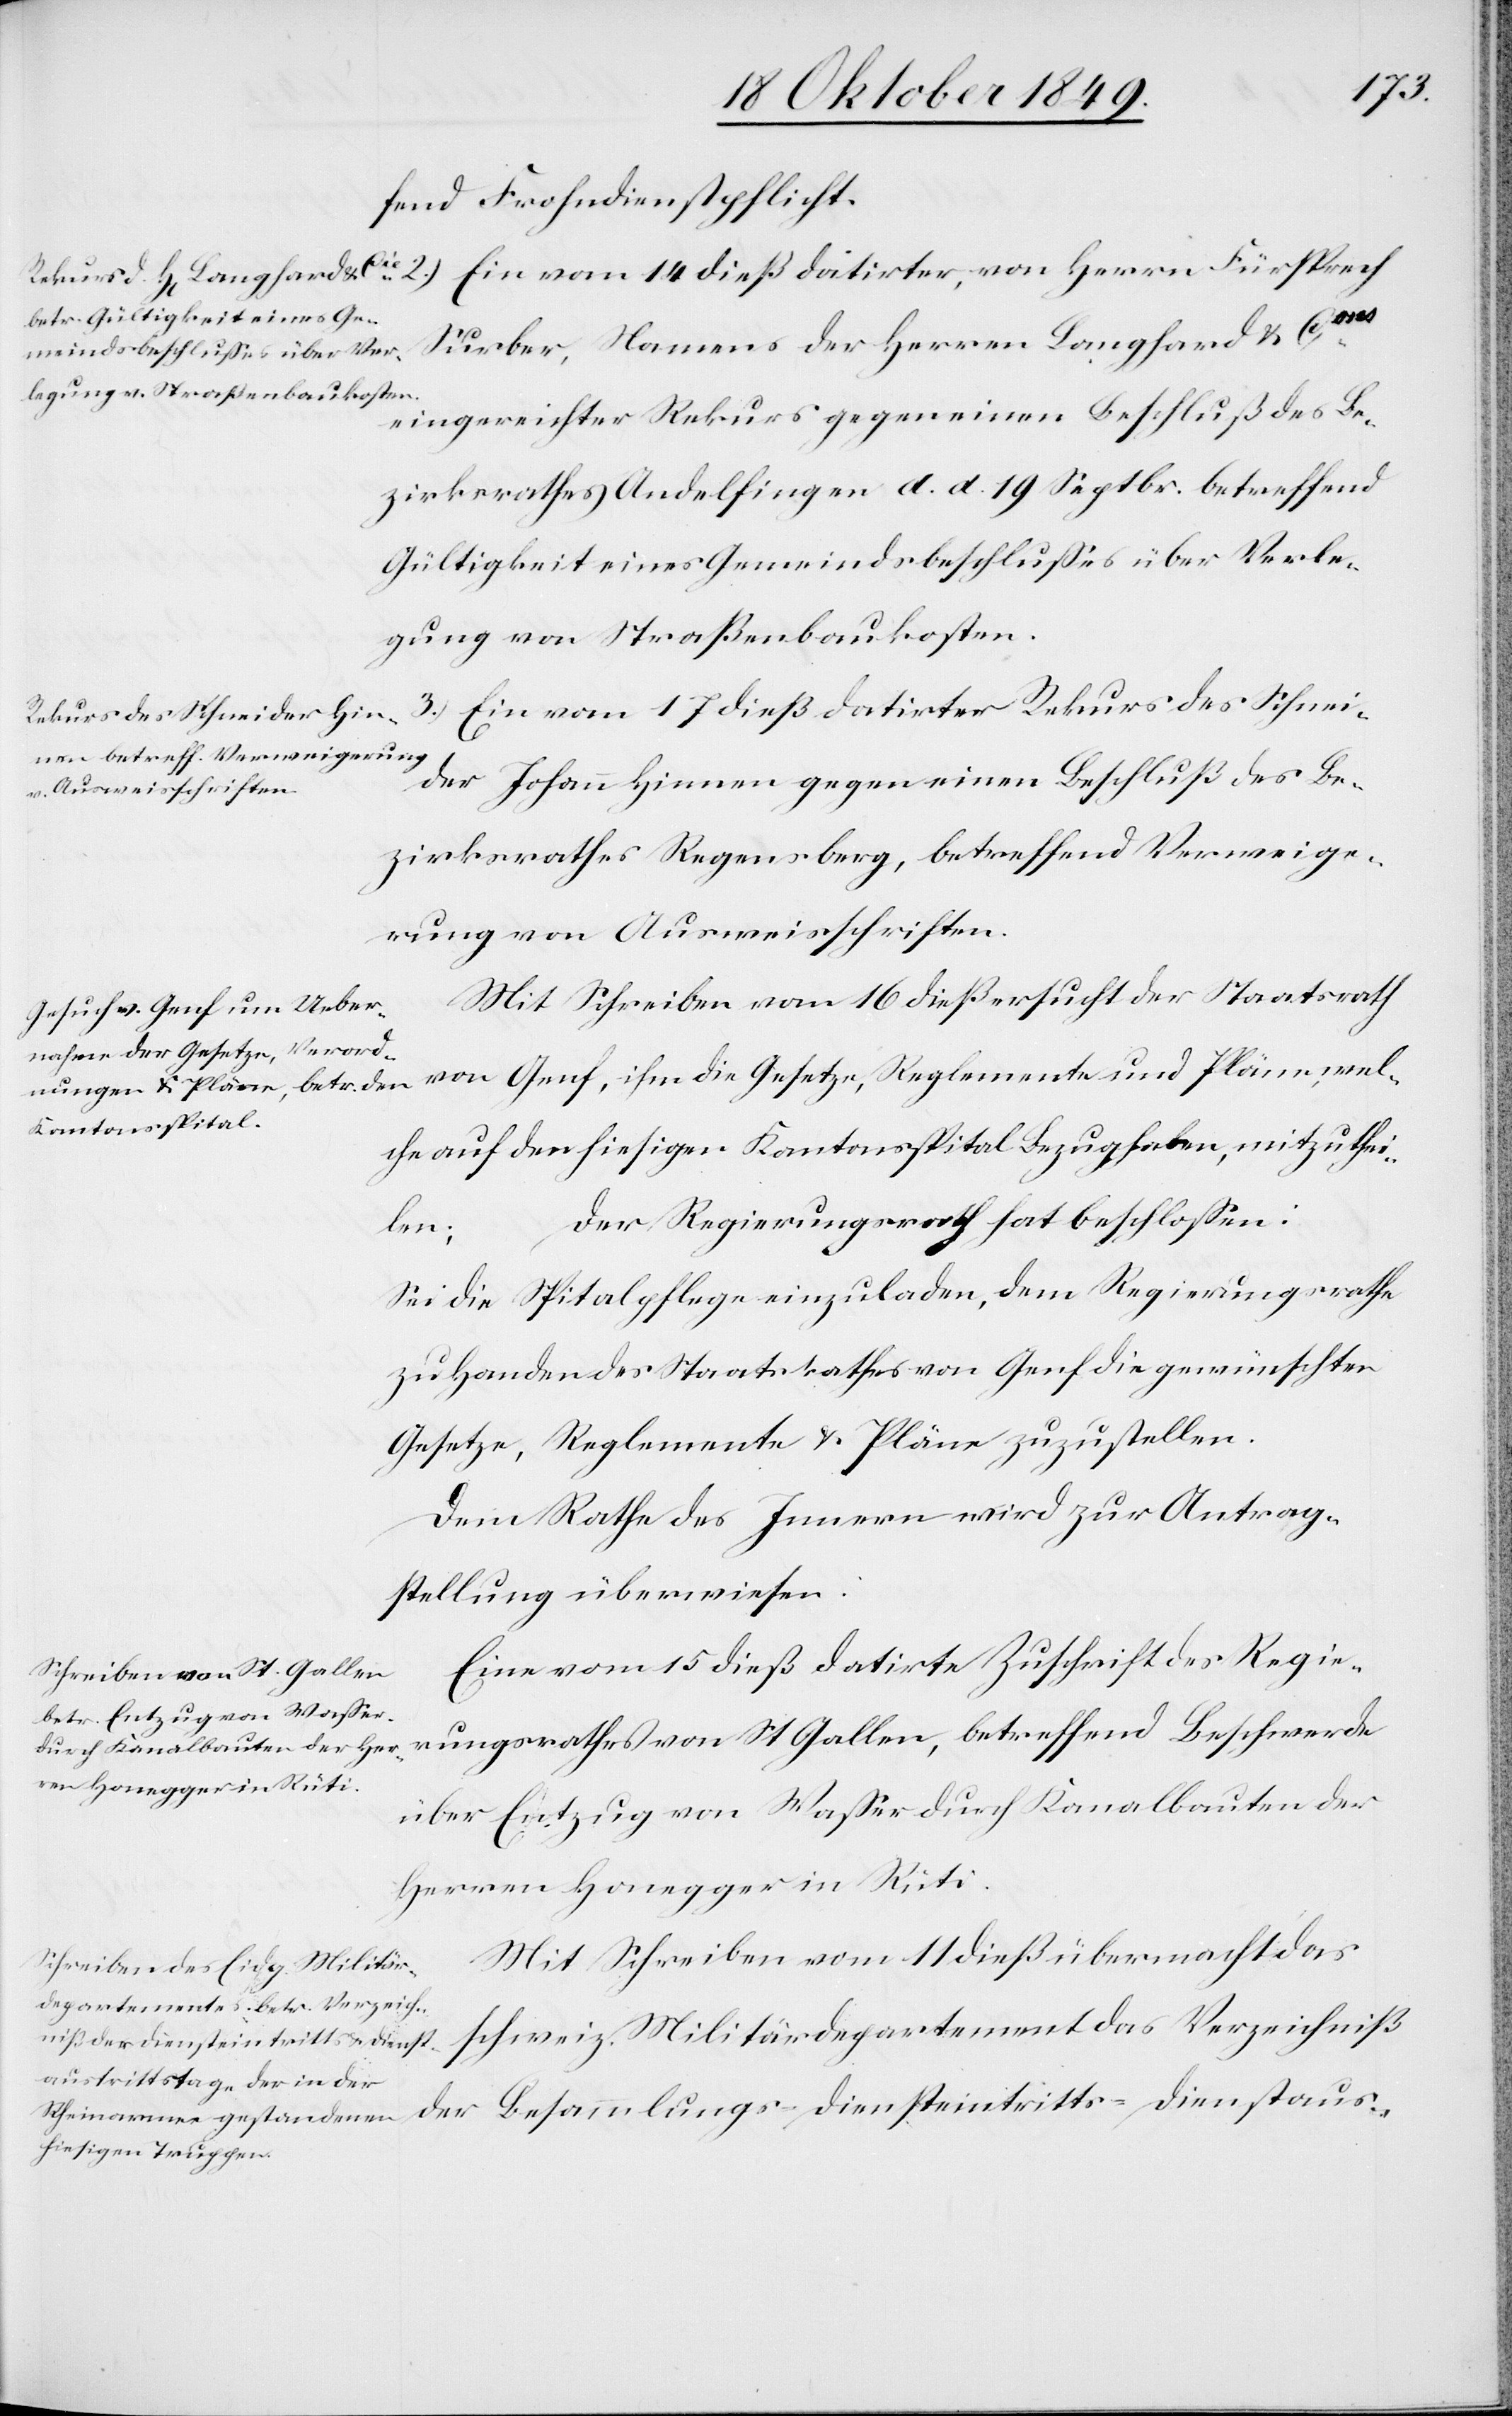
fend Frohndienstpflicht.
Surber, Namens der Herren Langhard u. Cies
eingereichter Rekurs gegen einen Beschluß des Be¬
zirksrathes Andelfingen d. d. 19 Septbr. betreffend
Gültigkeit eines Gemeindsbeschlußes über Verle¬
gung von Straßenbaukosten.
3.) Ein vom 17 dieß datirter Rekurs des Schnei¬
der Johann Hinnen gegen einen Beschluß des Be¬
zirksrathes Regensberg, betreffend Verweige¬
rung von Ausweisschriften.
Mit Schreiben vom 16 dieß ersucht der Staatsrath
von Genf, ihm die Gesetze, Reglemente und Pläne, wel¬
che auf den hiesigen Kantonsspital Bezug haben, mitzuthei¬
Der Regierungsrath hat beschloßen:
len:
Sei die Spitalpflege einzuladen, dem Regierungsrathe
zu Handen des Staatsrathes von Genf die gewünschten
Gesetze, Reglement u. Pläne zuzustellen.
Dem Rathe des Innern wird zur Antrag¬
stellung überwiesen:
Eine vom 15 dieß datirte Zuschrift des Regie¬
rungsrathes von St. Gallen, betreffend Beschwerde
über Entzug von Waßer durch Kanalbauten der
Herren Honegger in Rüti.
Mit Schreiben vom 11 dieß übermacht das
schweiz. Militärdepartement das Verzeichniß